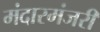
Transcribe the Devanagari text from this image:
मंदारमंजरी